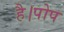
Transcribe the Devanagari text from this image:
है।पोप